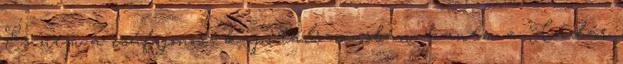
És nem a csúf gonosz kapitalizmusban, hanem a Kádár